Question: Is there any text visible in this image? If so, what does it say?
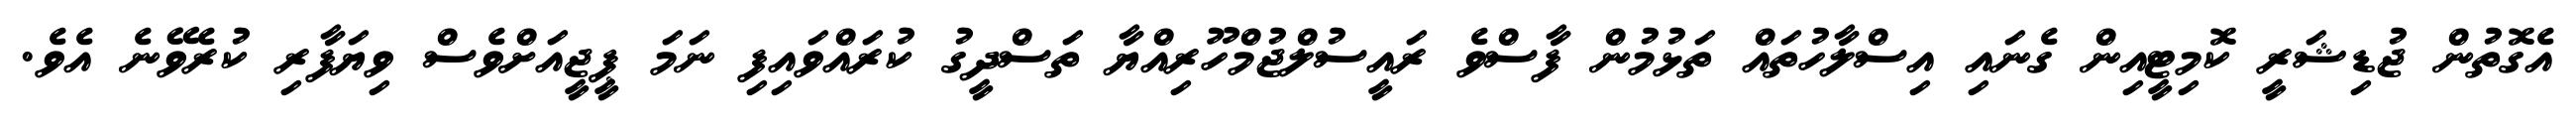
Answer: އެގޮތުން ޖުޑިޝަރީ ކޮމިޓީއިން ގެނައި އިސްލާހުތައް ތަޅުމުން ފާސްވެ ރައީސުލްޖުމްހޫރިއްޔާ ތަސްދީގު ކުރައްވައިފި ނަމަ ޕީޖީއަށްވެސް ވިޔަފާރި ކުރެވޭނެ އެވެ.